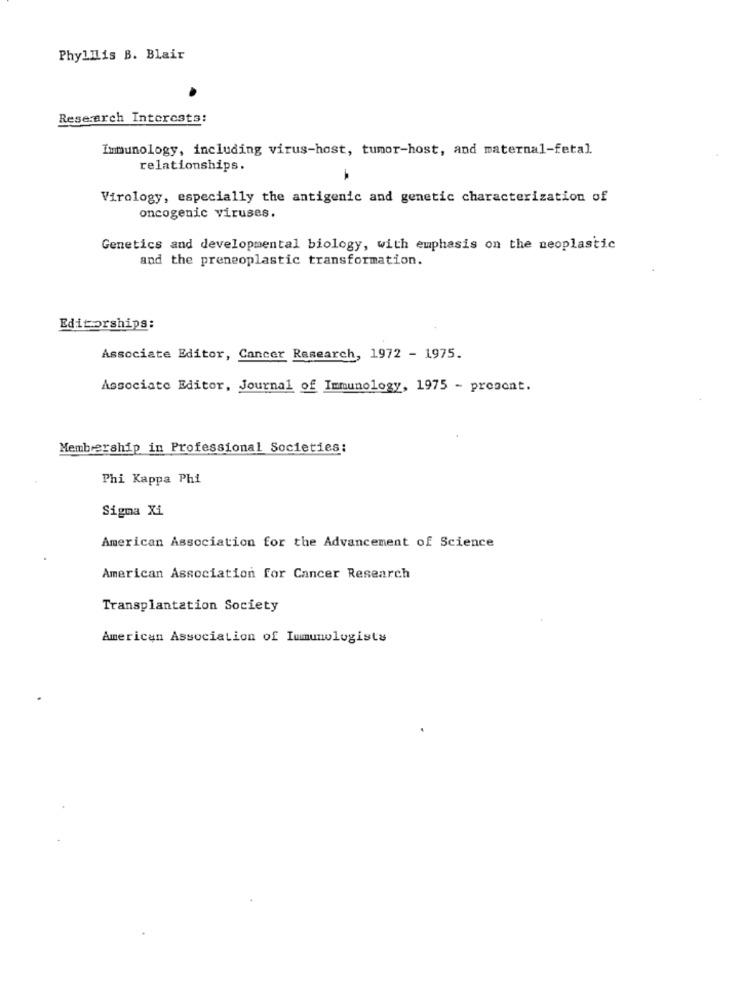
PhylIlis B. Blair
Research Interests:
Immunology, including virus-host, tumor-host, and maternal-fetal
relationships.
Virology, especially the antigenic and genetic characterization of
oncogenic viruses.
Genetics and developmental biology, with emphasis on the neoplastic
and the preneoplastic transformation.
Editorships:
Associate Editor, Cancer Research, 1972 - 1975.
Associate Editor, Journal of Immunology, 1975 - present.
Membership in Professional Societies:
Phi Kappa Phi
Sigma Xi
American Association for the Advancement of Science
American Association for Cancer Research
Transplantation Society
American Association of Immunologists